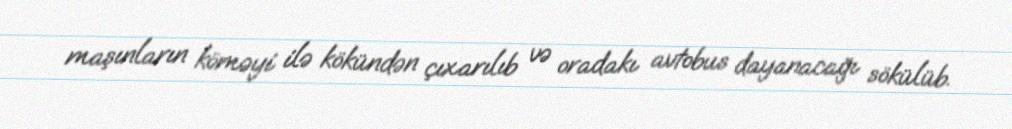
maşınların köməyi ilə kökündən çıxarılıb və oradakı avtobus dayanacağı sökülüb.